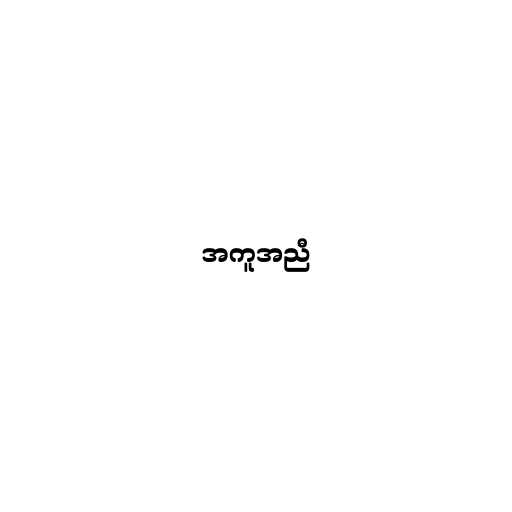
အကူအညီ